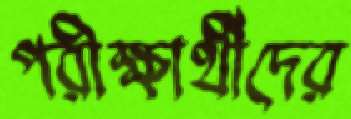
পরীক্ষার্থীদের